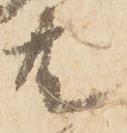
共